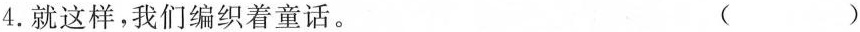
4.就这样，我们编织着童话。 （）